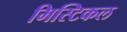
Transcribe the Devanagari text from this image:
मिस्टिकल